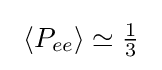
\ \langle P_{ee}\rangle \simeq {\tfrac {1}{3}}\